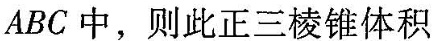
ABC中，则此正三棱锥体积